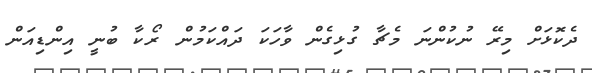
ދެކޮޅަށް މިރޭ ނުކުންނަ މެޗާ ގުޅިގެން ވާހަކަ ދައްކަމުން ރޯކާ ބުނީ އިންޑިއަން